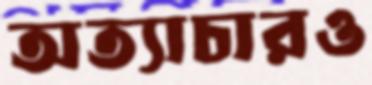
অত্যাচারও